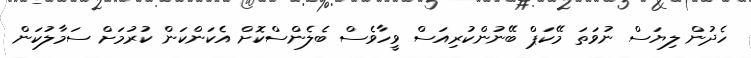
ހެދުން ލިޔަސް ނުވަތަ މޭކަޕް ބޭނުންކުރިއަސް ވީހާވެސް ބެލެންސްކޮށް އެކަންކަން ކުރުމަށް ސަމާލުކަން